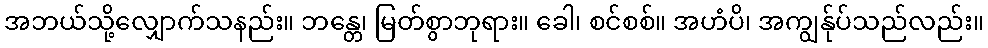
အဘယ်သို့လျှောက်သနည်း။ ဘန္တေ၊ မြတ်စွာဘုရား။ ခေါ၊ စင်စစ်။ အဟံပိ၊ အကျွန်ုပ်သည်လည်း။